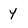
Character: 4